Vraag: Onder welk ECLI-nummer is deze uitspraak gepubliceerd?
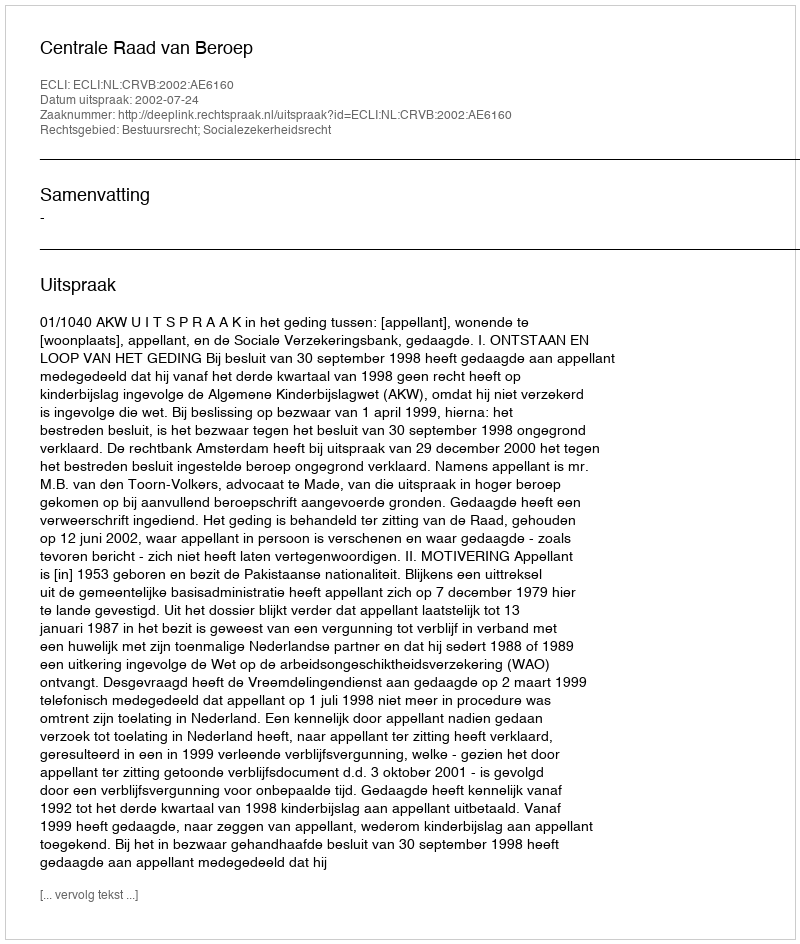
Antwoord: ECLI:NL:CRVB:2002:AE6160